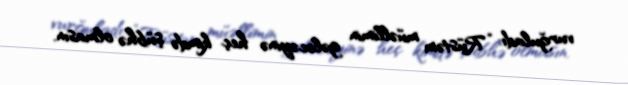
vurğuladı: “Rüstəm müəllimin gələcəyinə heç kimdə şübhə olmasın.